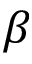
\beta